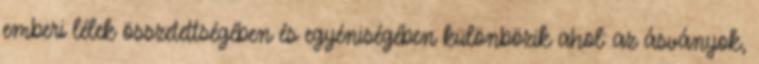
emberi lélek összetettségében és egyéniségében különbözik ahol: az ásványok,